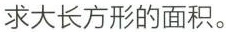
求大长方形的面积。